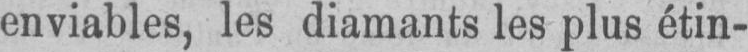
enviables, les diamants les plus étin-